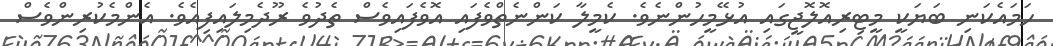
ހަމައެކަނި ބަޔަކީ މީޓިރިއޮލޮޖީގައި އުޅޭމީހުންނެވެ. ކެމީލާ ކަންނެތްވެފައި އޮވެފައިވެސް ތެދުވެ ރޫދެމިލައިފިއެވެ. އެންމެކުރިންވެސް